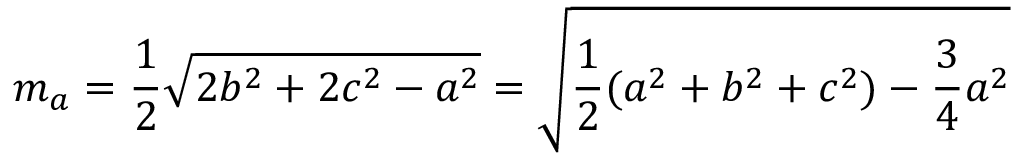
m _ { a } = { \frac { 1 } { 2 } } { \sqrt { 2 b ^ { 2 } + 2 c ^ { 2 } - a ^ { 2 } } } = { \sqrt { { \frac { 1 } { 2 } } ( a ^ { 2 } + b ^ { 2 } + c ^ { 2 } ) - { \frac { 3 } { 4 } } a ^ { 2 } } }